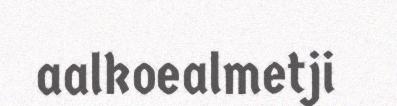
aalkoealmetji